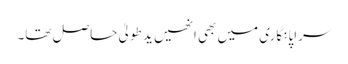
سراپا نگاری میں بھی انھیں ید طولیٰ حاصل تھا۔